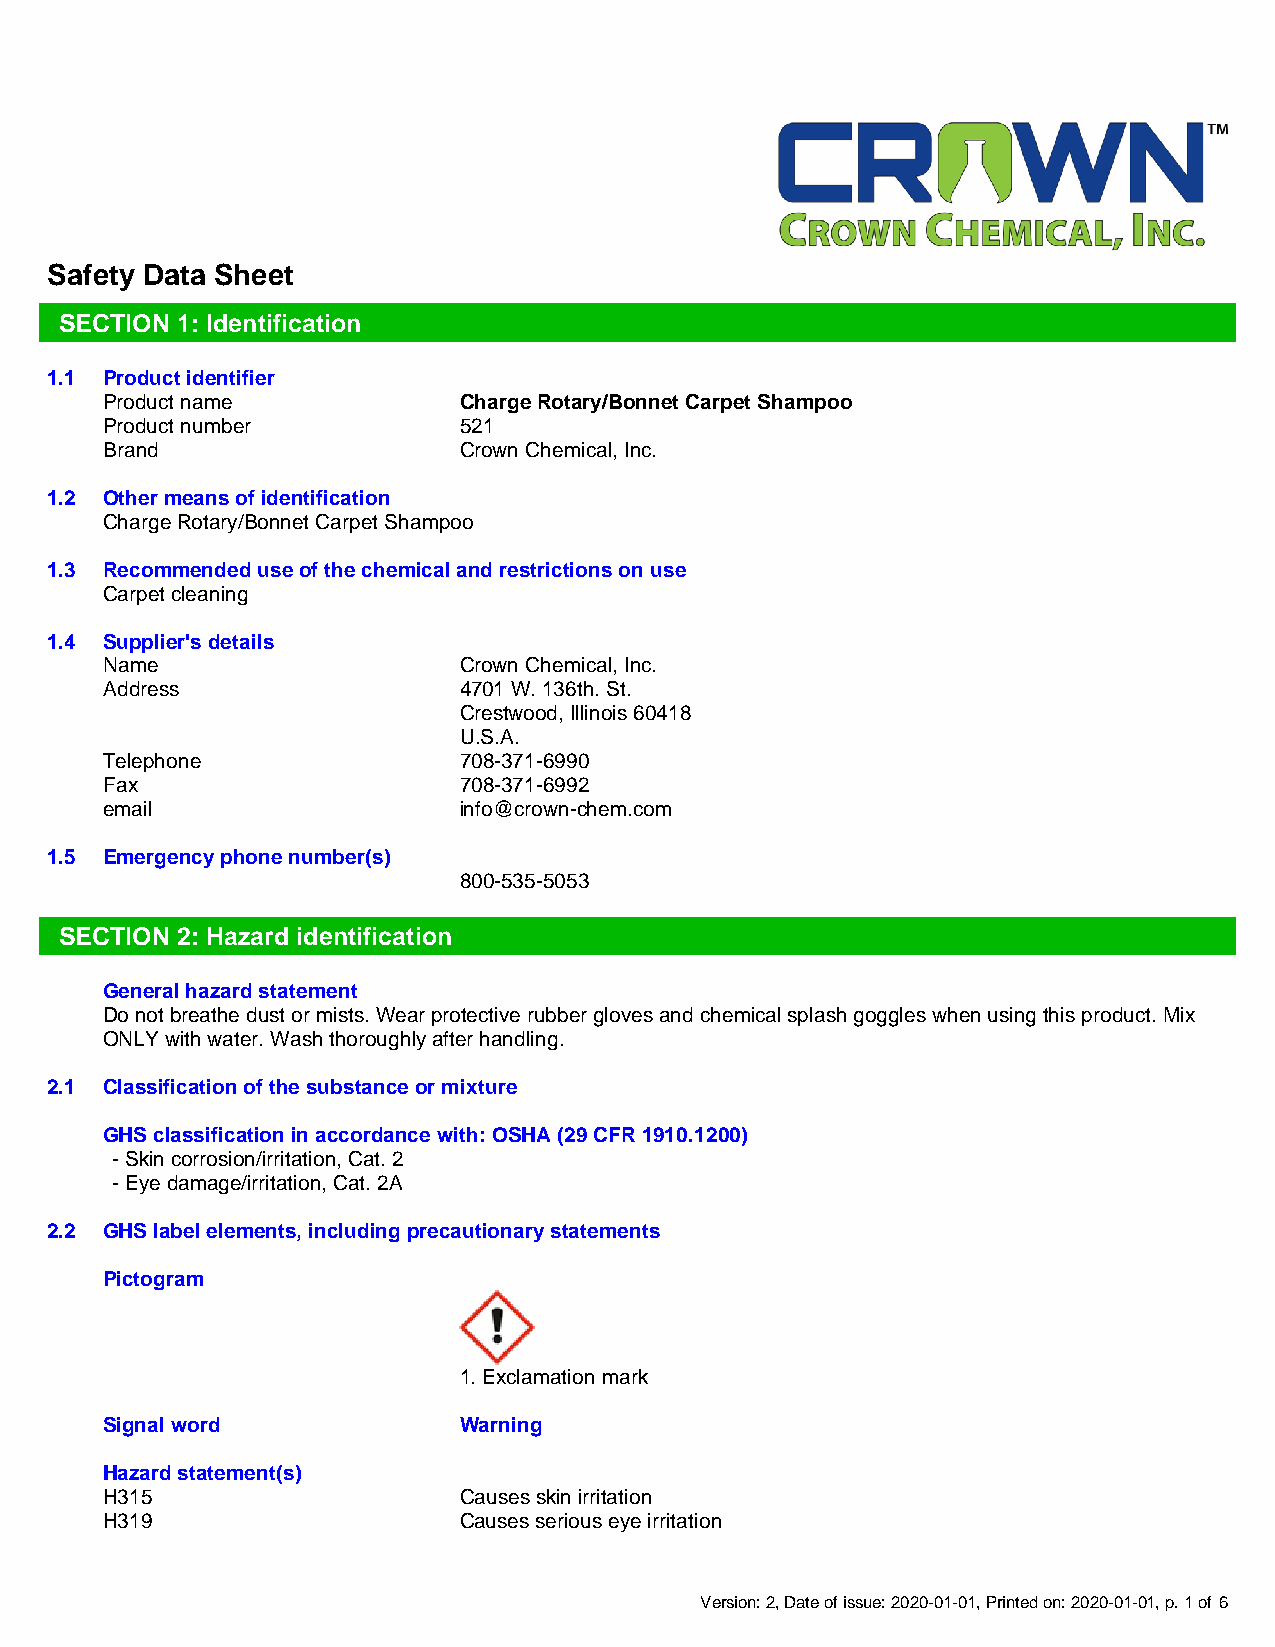
Safety Data Sheet
 SECTION 1: Identification
 1.1 Product identifier
 Product name           Charge Rotary/Bonnet Carpet Shampoo
 Product number         521
 Brand                  Crown Chemical, Inc.
 1.2 Other means of identification
 Charge Rotary/Bonnet Carpet Shampoo
 1.3 Recommended use of the chemical and restrictions on use
 Carpet cleaning
 1.4 Supplier's details
 Name                   Crown Chemical, Inc.
 Address                4701 W. 136th. St.
 Crestwood, Illinois 60418
 U.S.A.
 Telephone              708-371-6990
 Fax                    708-371-6992
 email                  info@crown-chem.com
 1.5 Emergency phone number(s)
 800-535-5053
 SECTION 2: Hazard identification
 General hazard statement
 Do not breathe dust or mists. Wear protective rubber gloves and chemical splash goggles when using this product. Mix
 ONLY with water. Wash thoroughly after handling.
 2.1 Classification of the substance or mixture
 GHS classification in accordance with: OSHA (29 CFR 1910.1200)
 - Skin corrosion/irritation, Cat. 2
 - Eye damage/irritation, Cat. 2A
 2.2 GHS label elements, including precautionary statements
 Pictogram
 1. Exclamation mark
 Signal word            Warning
 Hazard statement(s)
 H315                   Causes skin irritation
 H319                   Causes serious eye irritation
 Version: 2, Date of issue: 2020-01-01, Printed on: 2020-01-01, p. 1 of 6